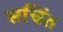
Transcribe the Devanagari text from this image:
सचिंत